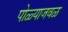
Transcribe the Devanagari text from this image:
पोळ्याजवळ